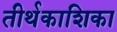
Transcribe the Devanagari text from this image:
तीर्थकाशिका